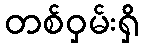
တစ်ဝှမ်းရှိ